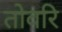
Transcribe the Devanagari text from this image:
तोवरि